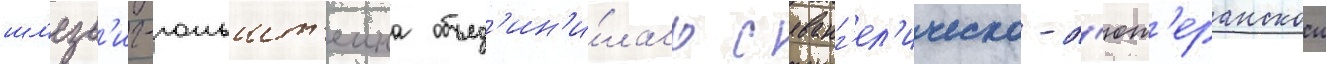
шл'езв'иг-гольшт'еина объед'ин'и́лась с еванг'ел'ическо-л'ют'еранскои